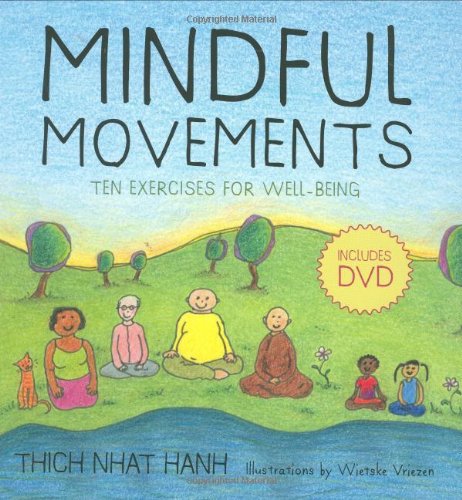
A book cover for Mindful Movements: Ten Exercises for Well-Being; Thich Nhat Hanh; Health, Fitness & Dieting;